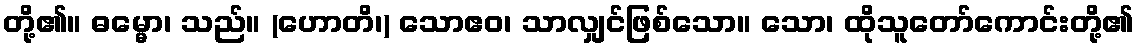
တို့၏။ ဓမ္မော၊ သည်။ (ဟောတိ၊) သောဧဝ၊ သာလျှင်ဖြစ်သော။ သော၊ ထိုသူတော်ကောင်းတို့၏